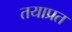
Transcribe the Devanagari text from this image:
तयाप्रत